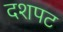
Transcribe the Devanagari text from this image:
दशपट